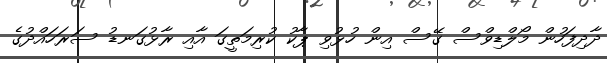
ދާދިފަހުން މޯލްޑިވްސް ގޭސް އިން ހުޅުވި ޕާކު ކުރިމަތީގަ އާއި ރާޅުގަނޑު ސަރަހައްދުގެ